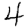
Digit: 4